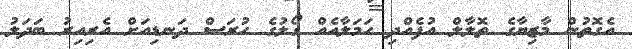
އެގޮތުން މާޒިޔާގެ ތޮލާލް އުފެއްދި ހަމަލާއެއް ގޯލުގެ ހުރަސް ދަނޑިއަށް އެރިއިރު ބަދަލު